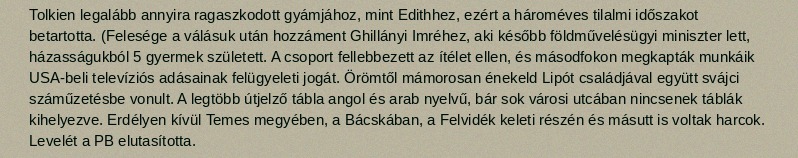
Tolkien legalább annyira ragaszkodott gyámjához, mint Edithhez, ezért a hároméves tilalmi időszakot betartotta. (Felesége a válásuk után hozzáment Ghillányi Imréhez, aki később földművelésügyi miniszter lett, házasságukból 5 gyermek született. A csoport fellebbezett az ítélet ellen, és másodfokon megkapták munkáik USA-beli televíziós adásainak felügyeleti jogát. Örömtől mámorosan énekeld Lipót családjával együtt svájci száműzetésbe vonult. A legtöbb útjelző tábla angol és arab nyelvű, bár sok városi utcában nincsenek táblák kihelyezve. Erdélyen kívül Temes megyében, a Bácskában, a Felvidék keleti részén és másutt is voltak harcok. Levelét a PB elutasította.